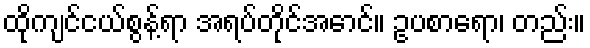
ထိုကျင်ငယ်စွန့်ရာ အရပ်တိုင်အောင်။ ဥပစာရော၊ တည်း။